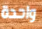
واحدة